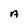
Character: a